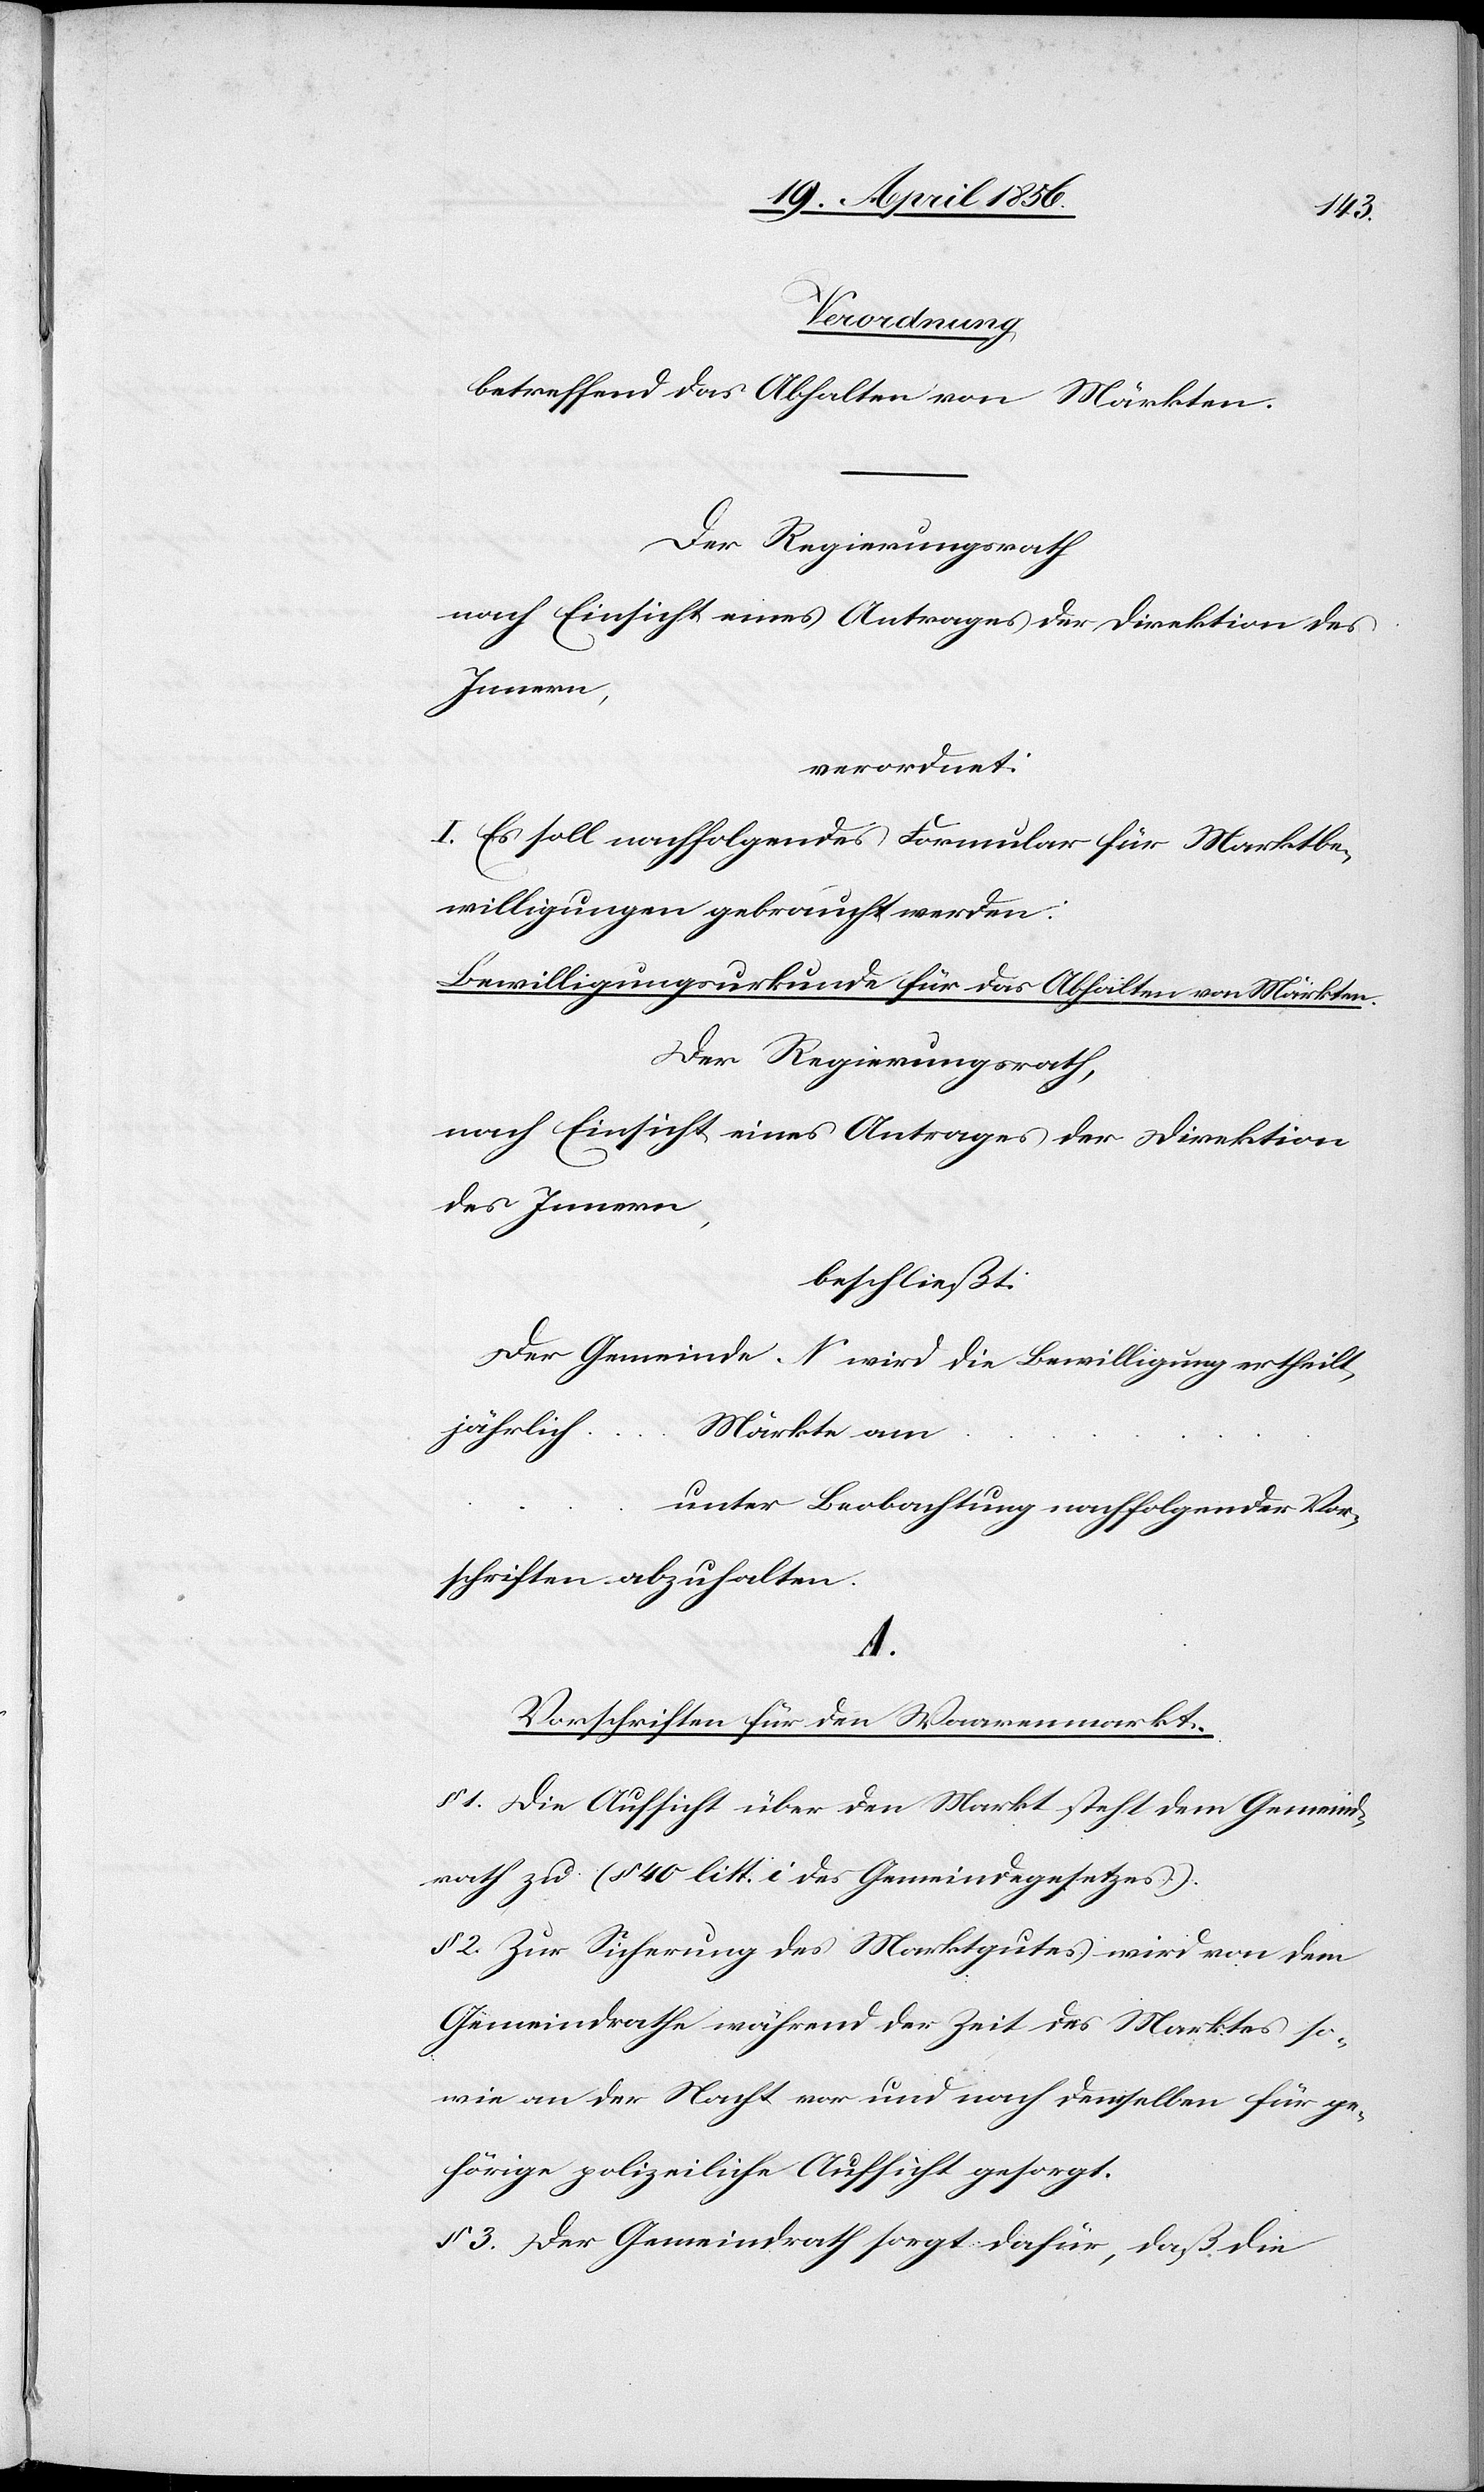
Verordnung
betreffend das Abhalten von Märkten.
Der Regierungsrath
nach Einsicht eines Antrages der Direktion des
Innern,
verordnet:
I. Es soll nachfolgendes Formular für Marktbe¬
willigungen gebraucht werden:
Bewilligungsurkunde für das Abhalten von Märkten.
Der Regierungsrath,
nach Einsicht eines Antrages der Direktion
des Innern,
beschließt:
Der Gemeinde N wir die Bewilligung ertheilt,
jährlich …
Märkte am
unter Beobachtung nachfolgender Vor¬
schriften abzuhalten.
A.
Vorschriften für den Waarenmarkt.
§ 1. Die Aufsicht über den Markt steht dem Gemeind¬
rath zu (§ 40 litt. i des Gemeindegesetzes).
§ 2. Zur Sicherung des Marktgutes wird von dem
Gemeindrathe während der Zeit des Marktes so¬
wie an der Nacht vor und nach demselben für ge¬
hörige polizeiliche Aufsicht gesorgt.
§ 3. Der Gemeindrath sorgt dafür, daß die